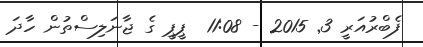
ފެބްރުއަރީ 3